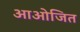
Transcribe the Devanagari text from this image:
आओजित